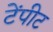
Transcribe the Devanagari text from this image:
टेंपीट